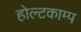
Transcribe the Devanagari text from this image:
होल्टकाम्प